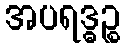
အပရဒ္ဓဉ္စ